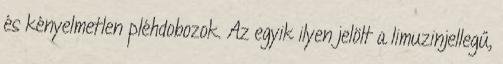
és kényelmetlen pléhdobozok. Az egyik ilyen jelölt a limuzinjellegű,